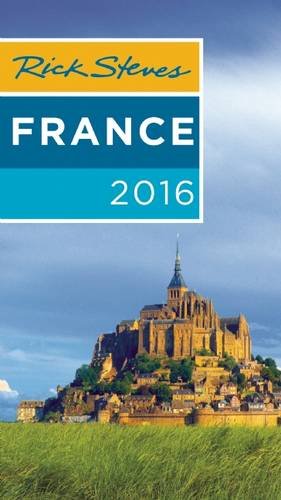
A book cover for Rick Steves France 2016; Rick Steves; Travel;